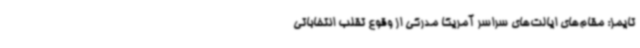
تایمز: مقام‌های ایالت‌های سراسر آمریکا مدرکی از وقوع تقلب انتخاباتی